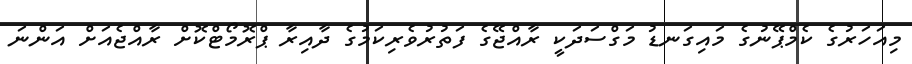
މިއަހަރުގެ ކެމްޕޭނުގެ މައިގަނޑު މަގްސަދަކީ ރާއްޖޭގެ ފަތުރުވެރިކަމުގެ ދާއިރާ ޕްރޮމޯޓްކޮށް ރާއްޖެއަށް އަންނަ